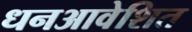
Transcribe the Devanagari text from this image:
धनआवेशित